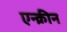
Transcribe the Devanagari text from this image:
एन्क्रीन